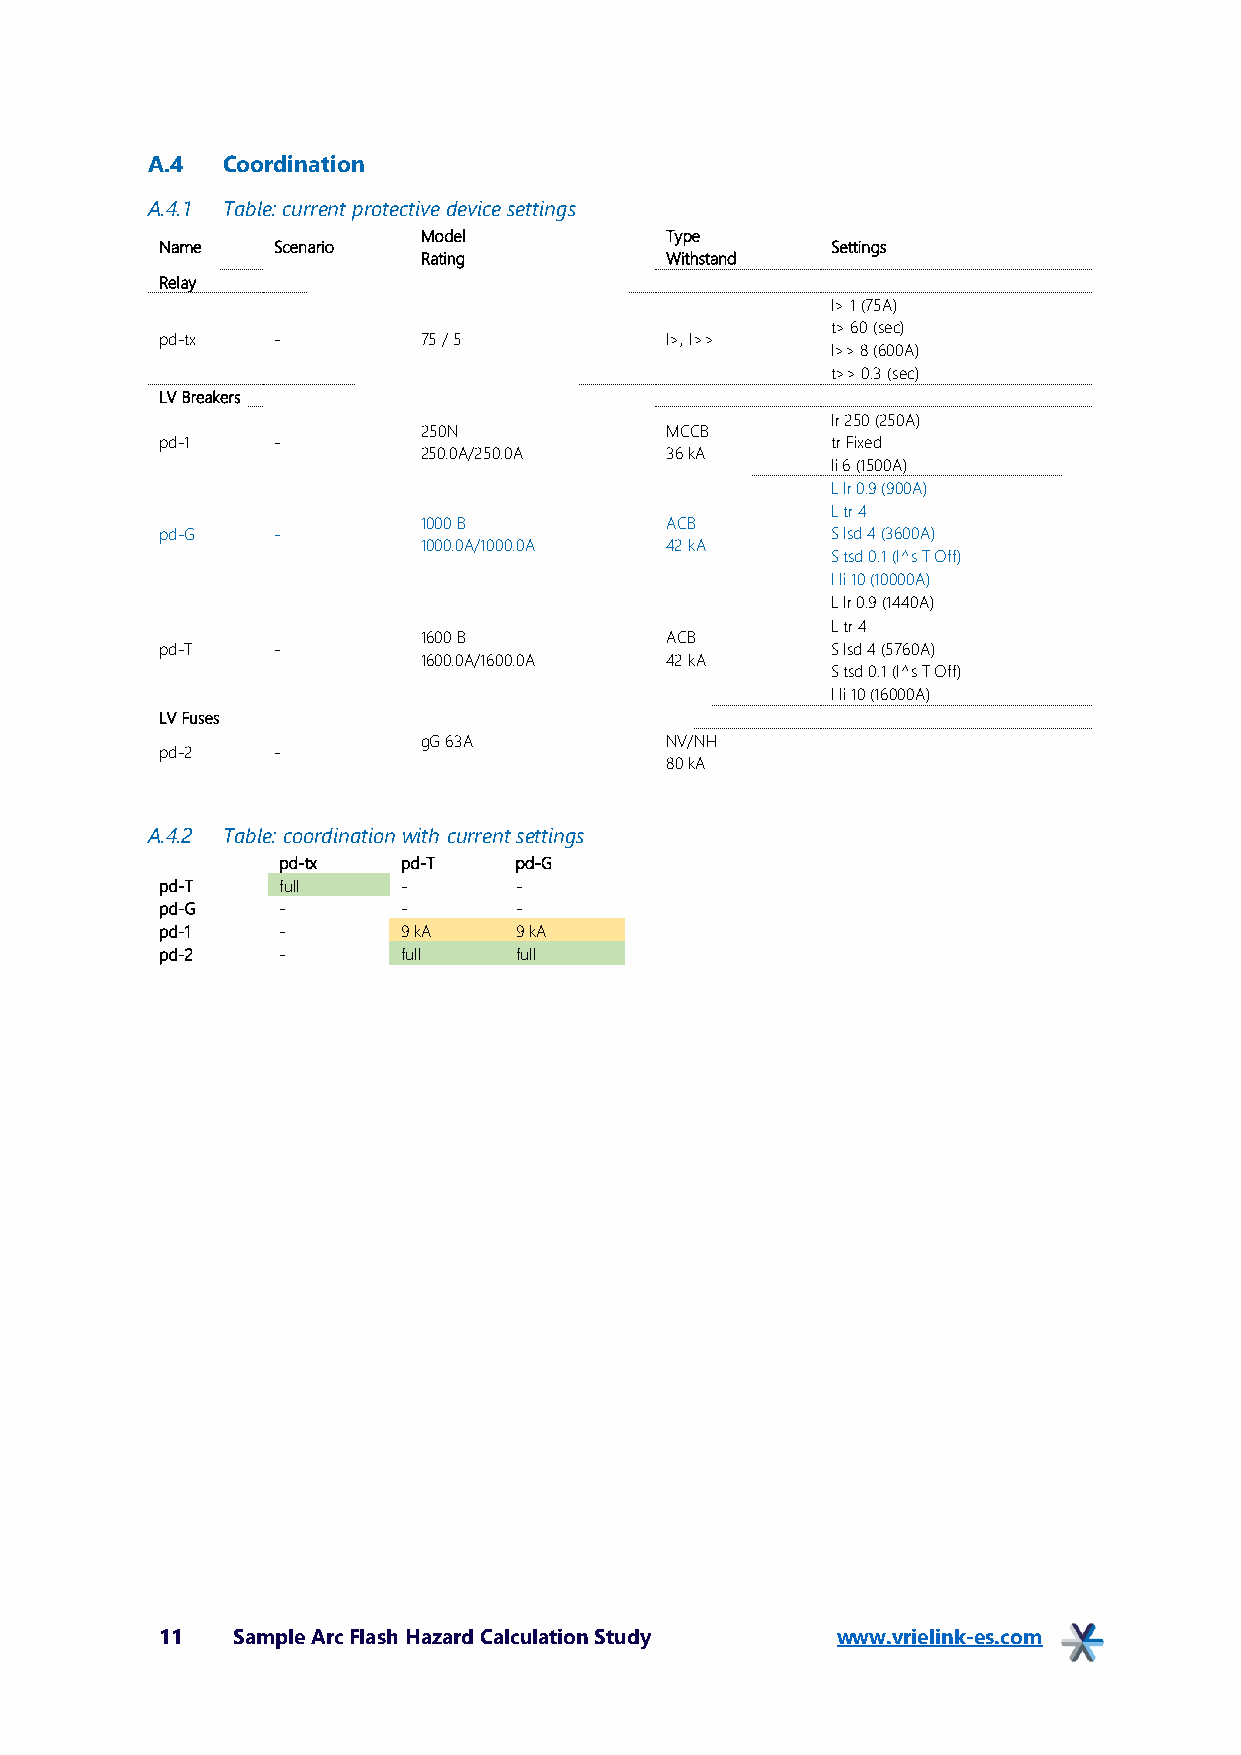
A.4  Coordination
 A.4.1 Table: current protective device settings
 Model           Type
 Name   Scenario                             Settings
 Rating          Withstand
 Relay
 I> 1 (75A)
 t> 60 (sec)
 pd-tx  -         75 / 5          I>, I>>
 I>> 8 (600A)
 t>> 0.3 (sec)
 LV Breakers
 Ir 250 (250A)
 250N            MCCB
 pd-1   -                                    tr Fixed
 250.0A/250.0A   36 kA
 Ii 6 (1500A)
 L Ir 0.9 (900A)
 L tr 4
 1000 B          ACB
 pd-G   -                                    S Isd 4 (3600A)
 1000.0A/1000.0A 42 kA
 S tsd 0.1 (I^s T Off)
 I Ii 10 (10000A)
 L Ir 0.9 (1440A)
 L tr 4
 1600 B          ACB
 pd-T   -                                    S Isd 4 (5760A)
 1600.0A/1600.0A 42 kA
 S tsd 0.1 (I^s T Off)
 I Ii 10 (16000A)
 LV Fuses
 gG 63A          NV/NH
 pd-2   -
 80 kA
 A.4.2 Table: coordination with current settings
 pd-tx    pd-T   pd-G
 pd-T   full     -      -
 pd-G   -        -      -
 pd-1   -        9 kA   9 kA
 pd-2   -        full   full
 11  Sample Arc Flash Hazard Calculation Study www.vrielink-es.com